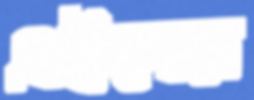
এইদের